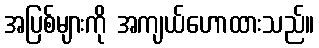
အပြစ်များကို အကျယ်ဟောထားသည်။